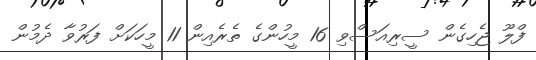
ފްލޫ ޖެހިގެން ސީރިއަސްވި 16 މީހުންގެ ތެރެއިން 11 މީހަކަަށް ފަރުވާ ދެމުން